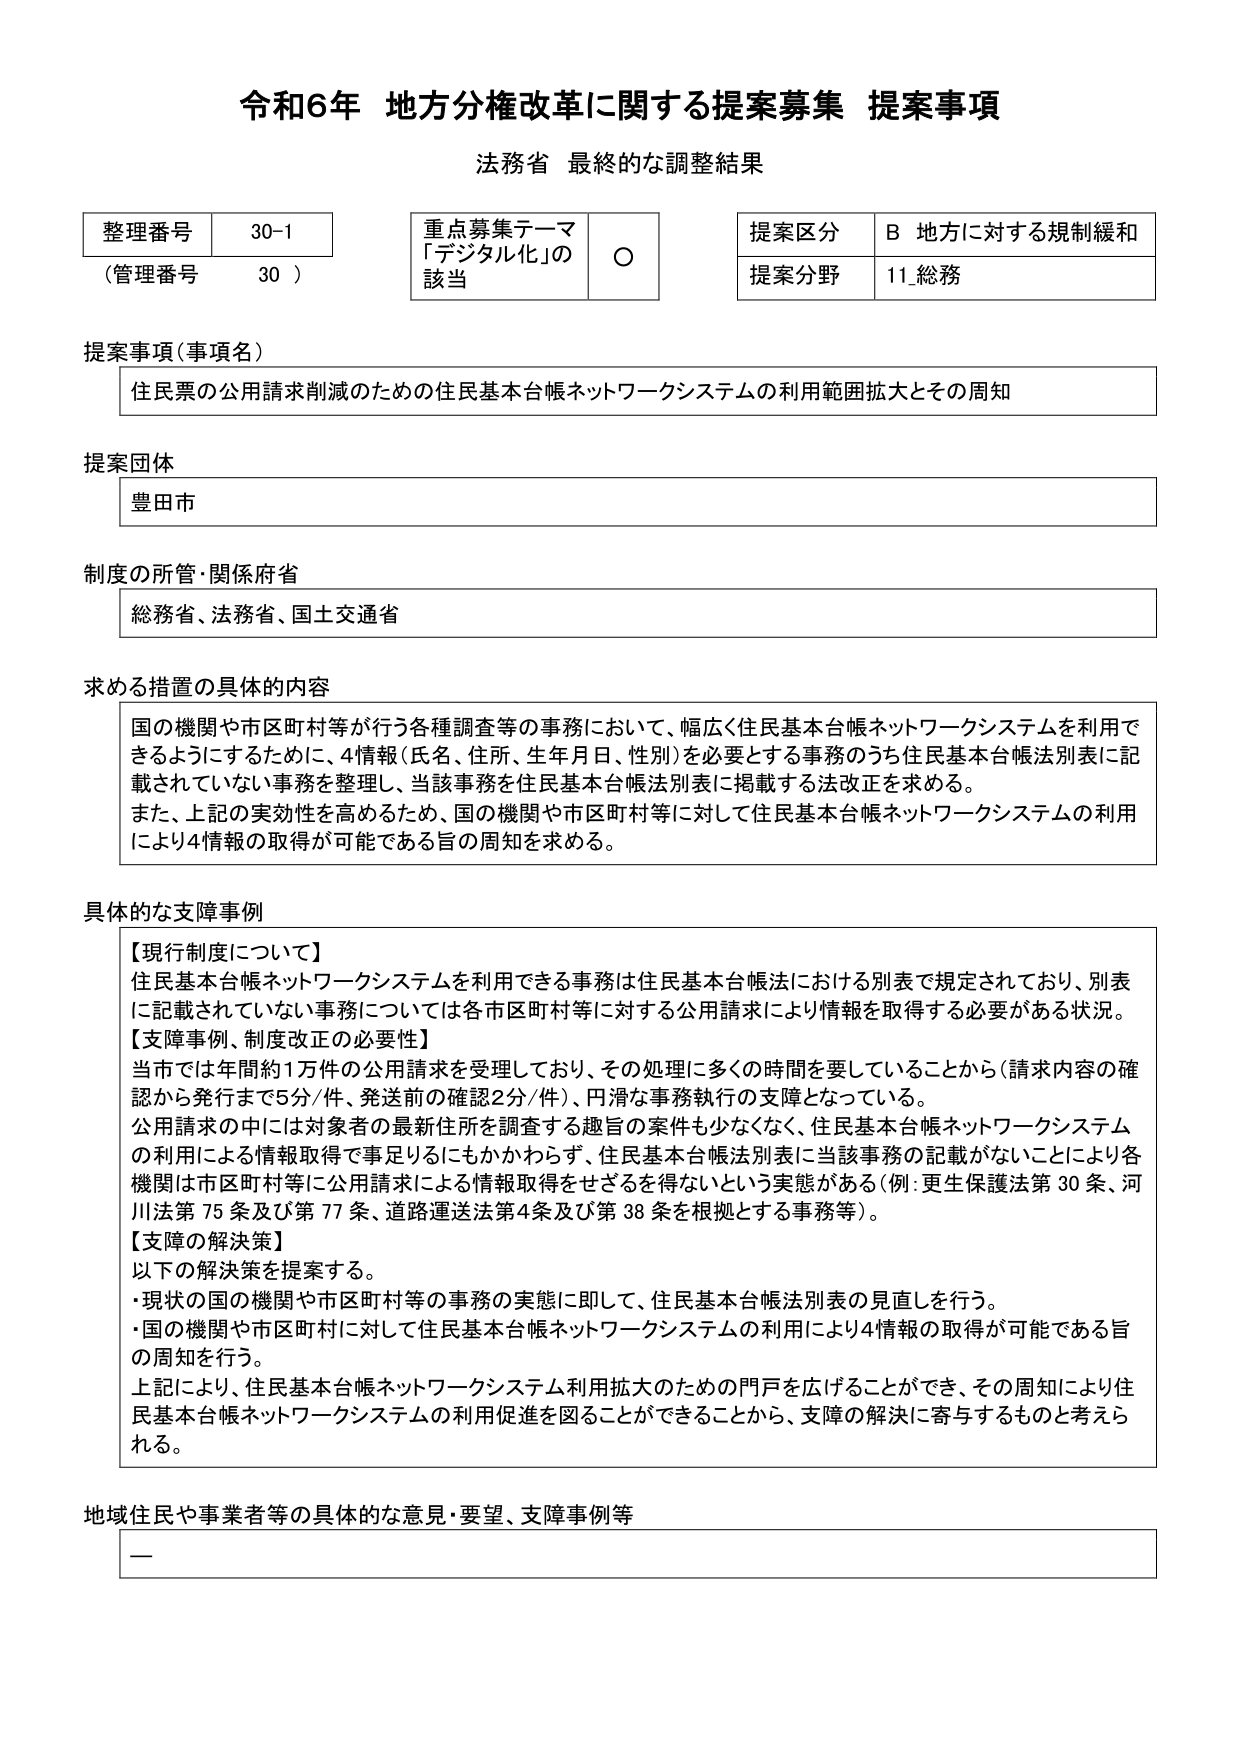
令和6年 地方分権改革に関する提案募集 提案事項
法務省 最終的な調整結果

整理番号 30-1
（管理番号 30）

重点募集テーマ
「デジタル化」の
該当 ○

提案区分 B 地方に対する規制緩和
提案分野 11 総務

提案事項（事項名）
住民票の公用請求削減のための住民基本台帳ネットワークシステムの利用範囲拡大とその周知

提案団体
豊田市

制度の所管・関係府省
総務省、法務省、国土交通省

求める措置の具体的内容
国の機関や市区町村等が行う各種調査等の事務において、幅広く住民基本台帳ネットワークシステムを利用できるようにするために、4情報（氏名、住所、生年月日、性別）を必要とする事務のうち住民基本台帳法別表に記載されていない事務を整理し、当該事務を住民基本台帳法別表に掲載する法改正を求める。
また、上記の実効性を高めるため、国の機関や市区町村等に対して住民基本台帳ネットワークシステムの利用により4情報の取得が可能である旨の周知を求める。

具体的な支障事例
【現行制度について】
住民基本台帳ネットワークシステムを利用できる事務は住民基本台帳法における別表で規定されており、別表に記載されていない事務については各市区町村等に対する公用請求により情報を取得する必要がある状況。
【支障事例、制度改正の必要性】
当市では年間約1万件の公用請求を受理しており、その処理に多くの時間を要していることから（請求内容の確認から発行まで5分/件、発送前の確認2分/件）、円滑な事務執行の支障となっている。
公用請求の中には対象者の最新住所を調査する趣旨の案件も少なくなく、住民基本台帳ネットワークシステムの利用による情報取得で事足りるにもかかわらず、住民基本台帳法別表に当該事務の記載がないことにより各機関は市区町村等に公用請求による情報取得をせざるを得ないという実態がある（例：更生保護法第30条、河川法第75条及び第77条、道路運送法第4条及び第38条を根拠とする事務等）。
【支障の解決策】
以下の解決策を提案する。
・現状の国の機関や市区町村等の事務の実態に即して、住民基本台帳法別表の見直しを行う。
・国の機関や市区町村に対して住民基本台帳ネットワークシステムの利用により4情報の取得が可能である旨の周知を行う。
上記により、住民基本台帳ネットワークシステム利用拡大のための門戸を広げることができ、その周知により住民基本台帳ネットワークシステムの利用促進を図ることができるところから、支障の解決に寄与するものと考えられる。

地域住民や事業者等の具体的な意見・要望、支障事例等
ー